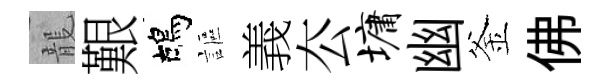
龍艱鴣謳義厺墉幽釜佛